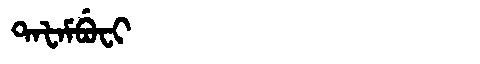
Manchu: ᡨᠠᡶᠠᠮᠪᡠᠸᡳ
Romanization: TAFAMBUFI